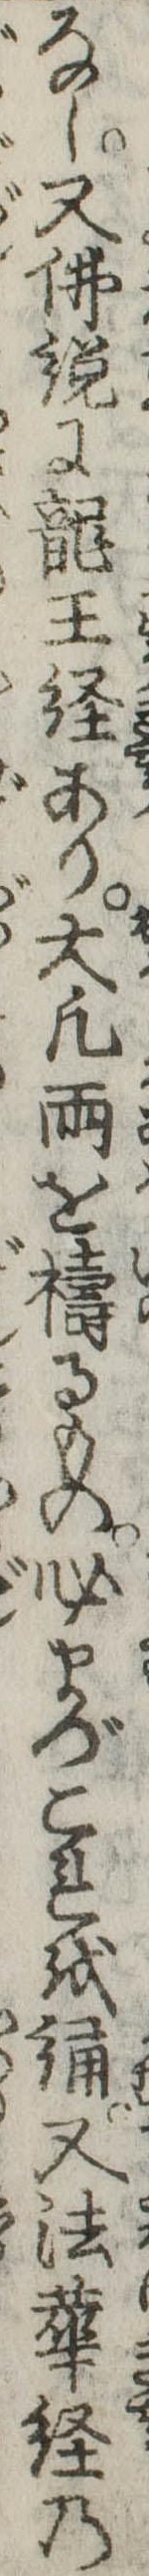
なし又仏説に竜王経あり大凡雨を祷るもの必まづこれを誦又法華経の